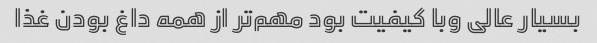
بسیار عالی وبا کیفیت بود مهم‌تر از همه داغ بودن غذا